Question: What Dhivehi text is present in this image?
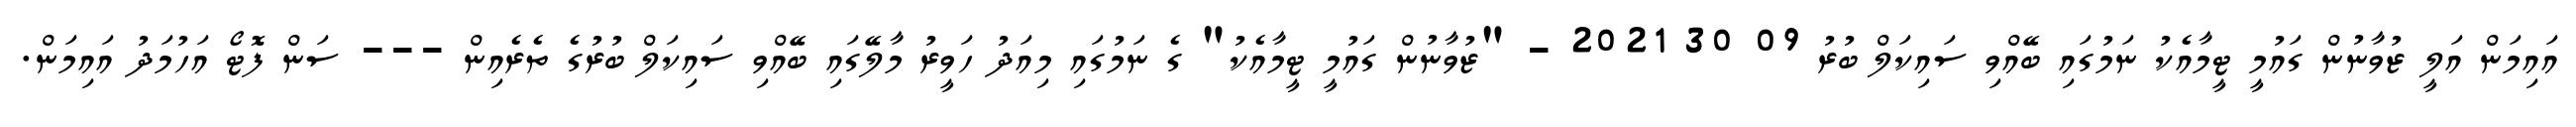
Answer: އައިމަން އަލީ ޒުވާނުން ގައުމީ ޓީމާއެކު ނަމުގައި ބޭއްވި ސައިކަލް ބުރު 09 30 2021 - "ޒުވާނުން ގައުމީ ޓީމާއެކު" ގެ ނަމުގައި މިއަދު ހަވީރު މާލޭގައި ބޭއްވި ސައިކަލް ބުރުގެ ތެރެއިން --- ސަން ފޮޓޯ އަހުމަދު އައިމަން.